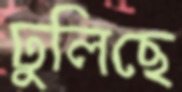
ঢুলিছে